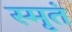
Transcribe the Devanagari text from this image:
स्मृतं